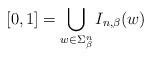
LaTeX: \begin{align*}[0,1]=\bigcup_{w\in \Sigma_{\beta}^n}I_{n,\beta}(w)\end{align*}